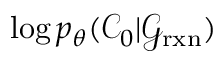
\log p _ { \theta } ( \mathcal { C } _ { 0 } \vert \mathcal { G } _ { \mathrm { r x n } } )